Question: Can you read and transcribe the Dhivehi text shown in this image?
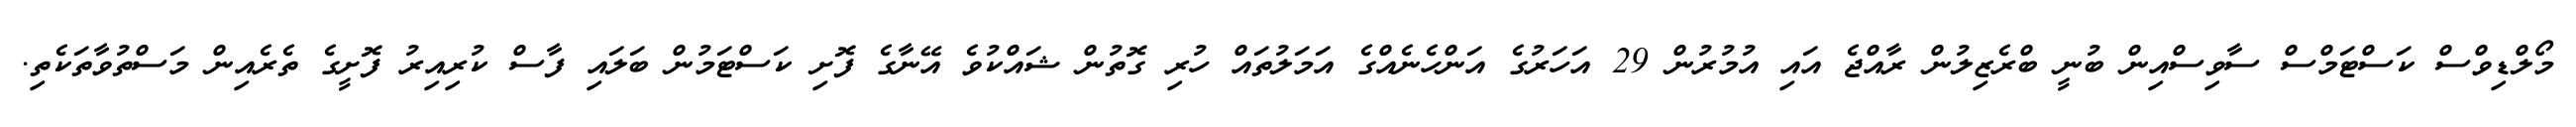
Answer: މޯލްޑިވްސް ކަސްޓަމްސް ސާވިސްއިން ބުނީ ބްރެޒިލުން ރާއްޖެ އައި އުމުރުން 29 އަހަރުގެ އަންހެނެއްގެ އަމަލުތައް ހުރި ގޮތުން ޝައްކުވެ އޭނާގެ ފޮށި ކަސްޓަމުން ބަލައި ފާސް ކުރިއިރު ފޮށީގެ ތެރެއިން މަސްތުވާތަކެތި.